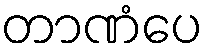
တာဏံပေ